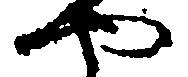
や